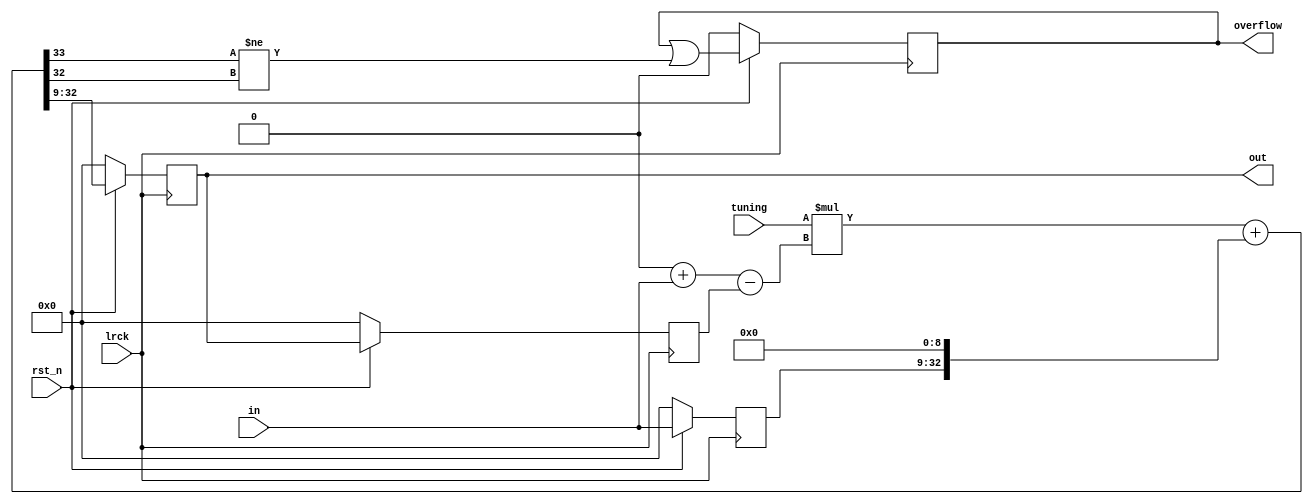
// SPDX-License-Identifier: MIT
// SPDX-FileCopyrightText: 2021 Tamas Hubai

`default_nettype none

// tuning allpass filter for karplus-strong
// out = tuning * in + in_{-1} - tuning * out_{-1}

module ks_tuning (
   input lrck,
   input rst_n,
   input signed [9:0] tuning,
   input signed [23:0] in,
   output reg signed [23:0] out,
   output reg overflow
);

reg signed [23:0] last_in;
reg signed [23:0] last_out;
wire signed [33:0] tuning_w = tuning;
wire signed [33:0] i_lo_diff = (34'sb0 + in) - last_out;
wire signed [33:0] last_in_w = {last_in[23], last_in, 9'sb0};
wire signed [33:0] out_tun_w = (tuning_w * i_lo_diff) + last_in_w;
wire signed [23:0] out_tun = out_tun_w[32:9];
wire ofl = out_tun_w[33] != out_tun_w[32];

always @ (posedge lrck) begin
   if (!rst_n) begin
      out <= 0;
      last_in <= 0;
      last_out <= 0;
      overflow <= 0;
   end else begin
      out <= out_tun;
      last_in <= in;
      last_out <= out;
      overflow <= overflow | ofl;
   end
end

endmodule

`default_nettype wire